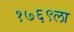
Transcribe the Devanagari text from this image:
१७६९ला